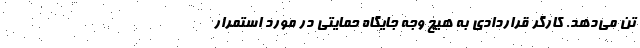
تن می‌دهد. کارگر قراردادی به هیچ وجه جایگاه حمایتی در مورد استمرار